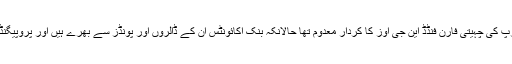
تینوں مواقع پر البتہ امریکہ و یورپ کی چہیتی فارن فنڈڈ این جی اوز کا کردار معدوم تھا حالانکہ بنک اکائونٹس ان کے ڈالروں اور پونڈز سے بھرے ہیں اور پروپیگنڈے کے محاذ پر سب سے نمایاں۔